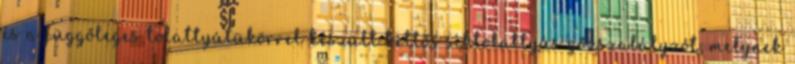
és a függőleges tolattyútükörrel készült kettős síktolattyús gőzszabályzót, melynek